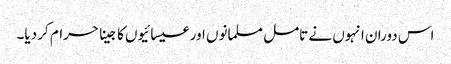
اس دوران انہوں نے تامل مسلمانوں اور عیسائیوں کا جینا حرام کر دیا۔